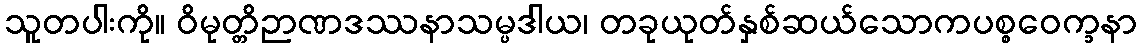
သူတပါးကို။ ဝိမုတ္တိဉာဏဒဿနာသမ္ပဒါယ၊ တခုယုတ်နှစ်ဆယ်သောကပစ္စဝေက္ခနာ